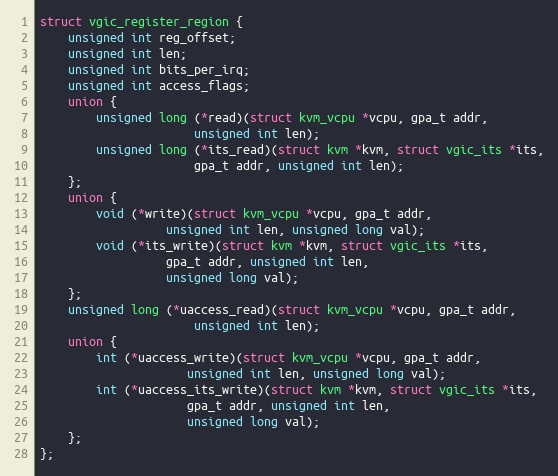
Language: C
struct vgic_register_region {
	unsigned int reg_offset;
	unsigned int len;
	unsigned int bits_per_irq;
	unsigned int access_flags;
	union {
		unsigned long (*read)(struct kvm_vcpu *vcpu, gpa_t addr,
				      unsigned int len);
		unsigned long (*its_read)(struct kvm *kvm, struct vgic_its *its,
					  gpa_t addr, unsigned int len);
	};
	union {
		void (*write)(struct kvm_vcpu *vcpu, gpa_t addr,
			      unsigned int len, unsigned long val);
		void (*its_write)(struct kvm *kvm, struct vgic_its *its,
				  gpa_t addr, unsigned int len,
				  unsigned long val);
	};
	unsigned long (*uaccess_read)(struct kvm_vcpu *vcpu, gpa_t addr,
				      unsigned int len);
	union {
		int (*uaccess_write)(struct kvm_vcpu *vcpu, gpa_t addr,
				     unsigned int len, unsigned long val);
		int (*uaccess_its_write)(struct kvm *kvm, struct vgic_its *its,
					 gpa_t addr, unsigned int len,
					 unsigned long val);
	};
};